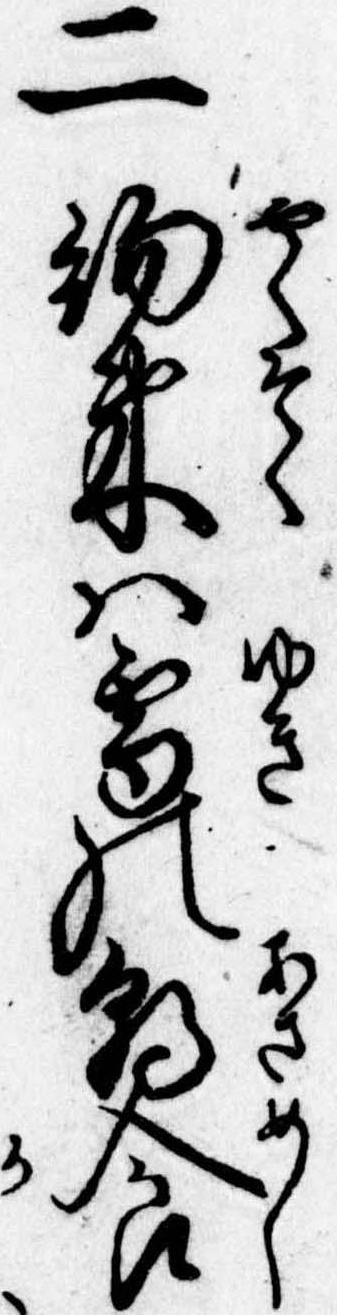
二約束は雪の朝食